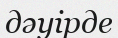
дәуірде